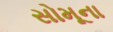
સોમૂના